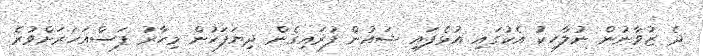
ދެ ޒުވާނުން ނުލާހިކު އެކުގައި އުޅެފައި ޝައުން ފުރައިގެން ދިޔަފަހުން މިހާރު ފަސްއަހަރަށްވުރެ